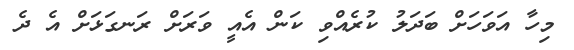
މިހާ އަވަހަށް ބަދަލު ކުރެއްވި ކަން އެއީ ވަރަށް ރަނގަޅަށް އެ ދެ